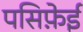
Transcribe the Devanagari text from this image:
पसिफ़ेई